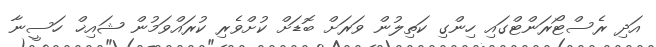
އަދި ރެސްޓޯރަންޓްގައި ހިންގި ކަތިލުން ވަރަށް ބޮޑަށް ކުށްވެރި ކުރައްވަމުން ޝައިޚް ހަސީނާ